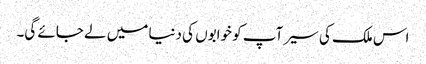
اس ملک کی سیر آپ کو خوابوں کی دنیا میں لے جائے گی۔